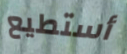
أستطيع